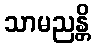
သာမညန္တိ